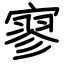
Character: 寥